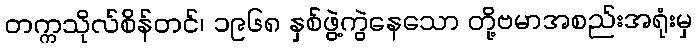
တက္ကသိုလ်စိန်တင်၊ ၁၉၆၈ နှစ်ဖွဲ့ကွဲနေသော တို့ဗမာအစည်းအရုံးမှ